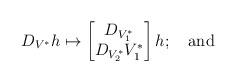
LaTeX: \begin{align*} D_{V^*}h\mapsto \begin{bmatrix} D_{V_1^*}\\ D_{V_2^*}V_1^* \end{bmatrix}h;\quad\mbox{and} \end{align*}